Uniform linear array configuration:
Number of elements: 4
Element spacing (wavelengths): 1
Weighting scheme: uniform
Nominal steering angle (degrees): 15
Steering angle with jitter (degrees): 15.839
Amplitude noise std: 0.05
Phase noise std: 0.05

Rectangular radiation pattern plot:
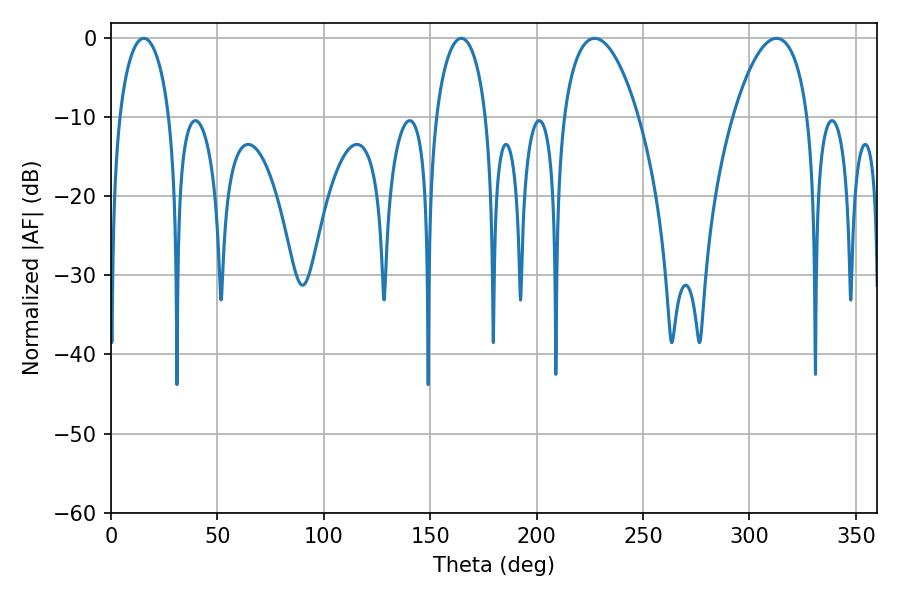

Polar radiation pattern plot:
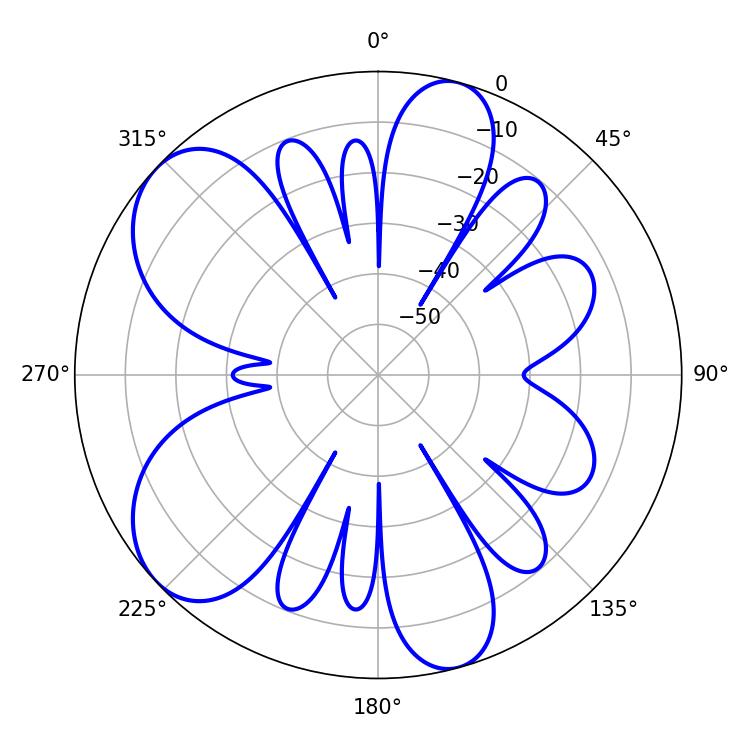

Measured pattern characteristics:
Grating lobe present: TRUE
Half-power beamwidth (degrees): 19.8
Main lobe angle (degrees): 227.34